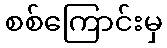
စစ်ကြောင်းမှ